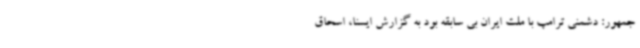
جمهور: دشمنی ترامپ با ملت ایران بی سابقه بود به گزارش ایسنا، اسحاق